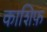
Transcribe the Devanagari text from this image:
काशिफ़